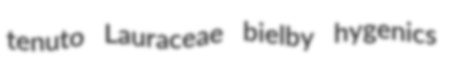
tenuto Lauraceae bielby hygenics